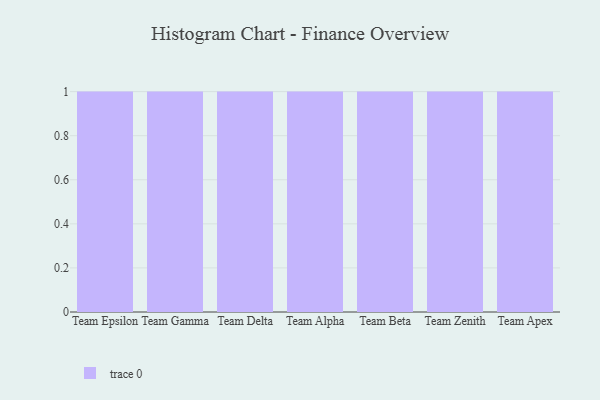
{"axis": {"x": "Team", "y": "Temperature (°C)"}, "legend": [""], "data": [{"x": "Team Epsilon", "y": 50, "type": ""}, {"x": "Team Gamma", "y": 93, "type": ""}, {"x": "Team Delta", "y": 93, "type": ""}, {"x": "Team Alpha", "y": 80, "type": ""}, {"x": "Team Beta", "y": 42, "type": ""}, {"x": "Team Zenith", "y": 46, "type": ""}, {"x": "Team Apex", "y": 19, "type": ""}]}